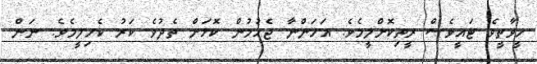
ހީވާތީވެ ޓައީވެސް ރީތިކޮށްލީމެވެ. އަހަންނާ ޖެހުމުން ކޮޅަށް ތެދުވެ ކަރު ކެހިލީމެވެ. ނަން